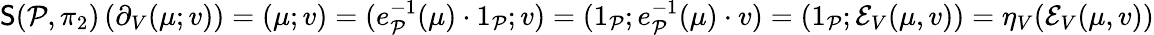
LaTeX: \begin{array}{r}{\mathsf{S}(\mathcal P,\pi_{2})\left(\partial_{V}(\mu;v)\right)=(\mu;v)=(e_{\mathcal P}^{-1}(\mu)\cdot 1_{\mathcal P};v)=(1_{\mathcal P};e_{\mathcal P}^{-1}(\mu)\cdot v)=(1_{\mathcal P};\mathcal{E}_{V}(\mu,v))=\eta_{V}(\mathcal{E}_{V}(\mu,v))}\end{array}